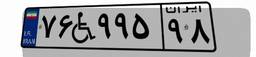
۷۶W۹۹۵۹۸